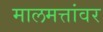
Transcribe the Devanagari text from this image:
मालमत्तांवर